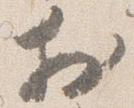
於